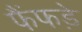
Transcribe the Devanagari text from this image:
फैंफड़े